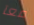
معآ